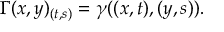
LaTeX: \Gamma ( x , y ) _ { ( t , s ) } = \gamma ( ( x , t ) , ( y , s ) ) .